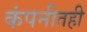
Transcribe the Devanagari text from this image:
कंपनीतही